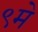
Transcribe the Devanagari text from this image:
९मे